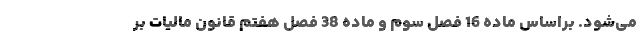
می‌شود. براساس ماده 16 فصل سوم و ماده 38 فصل هفتم قانون مالیات بر